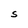
Character: S